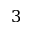
3